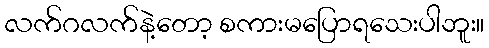
လက်ဂလက်နဲ့တော့ စကားမပြောရသေးပါဘူး။